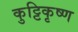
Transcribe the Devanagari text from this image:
कुट्टिकृष्ण